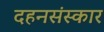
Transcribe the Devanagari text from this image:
दहनसंस्कार